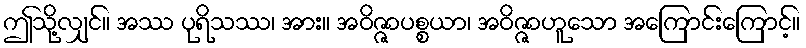
ဤသို့လျှင်။ အဿ ပုရိသဿ၊ အား။ အဝိဇ္ဇာပစ္စယာ၊ အဝိဇ္ဇာဟူသော အကြောင်းကြောင့်။